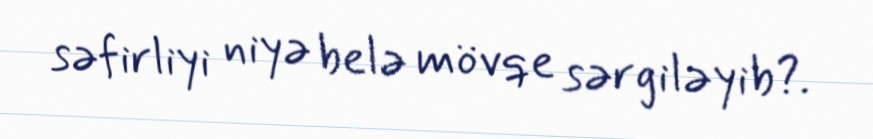
səfirliyi niyə belə mövqe sərgiləyib?.